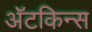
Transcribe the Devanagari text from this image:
अॅटकिन्स